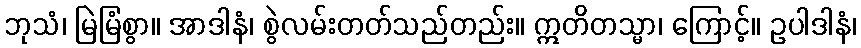
ဘုသံ၊ မြဲမြံစွာ။ အာဒါနံ၊ စွဲလမ်းတတ်သည်တည်း။ ဣတိတသ္မာ၊ ကြောင့်။ ဥပါဒါနံ၊